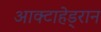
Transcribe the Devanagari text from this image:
आक्टाहेड्रान